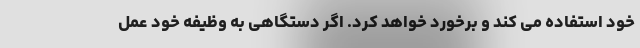
خود استفاده می کند و برخورد خواهد کرد. اگر دستگاهی به وظیفه خود عمل